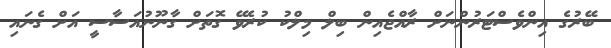
ބޭރުގެ އިންވެސްޓަރުންނަށް ރާއްޖެއިން ބިލް މިލްކު ކުރެވޭ ގޮތަށް ގާނޫނުއަސާސީ އަށް ގެނައި